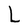
Character: L